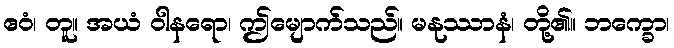
ဧဝံ၊ တူ။ အယံ ဝါနရော၊ ဤမျောက်သည်။ မနုဿာနံ၊ တို့၏။ ဘက္ခော၊